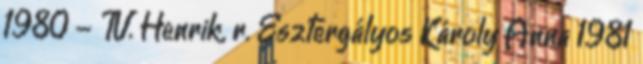
1980 - IV. Henrik, r. Esztergályos Károly Anna 1981